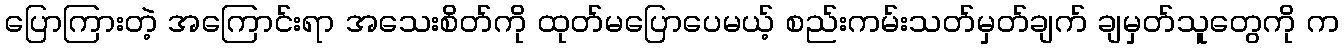
ပြောကြားတဲ့ အကြောင်းရာ အသေးစိတ်ကို ထုတ်မပြောပေမယ့် စည်းကမ်းသတ်မှတ်ချက် ချမှတ်သူတွေကို က